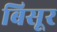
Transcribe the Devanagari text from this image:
बिसूर